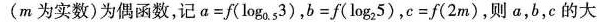
(m为实数)为偶函数，记$$a = f ( log _ { 0 . 5 } 3 )$$，$$b = f ( log _ { 2 } 5 )$$，$$c = f ( 2 m )$$，则a，b，c的大